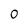
Character: 0